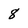
Character: 8